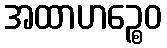
အထာဟဉ္စေဝ